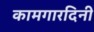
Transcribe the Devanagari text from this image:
कामगारदिनी